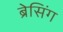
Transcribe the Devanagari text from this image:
ब्रेसिंग